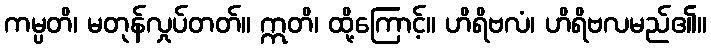
ကမ္ပတိ၊ မတုန်လှုပ်တတ်။ ဣတိ၊ ထို့ကြောင့်။ ဟိရိဗလံ၊ ဟိရိဗလမည်၏။